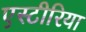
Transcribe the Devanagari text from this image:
एस्टीरिया